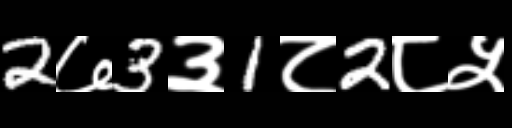
Text: 2७3३1८2८५